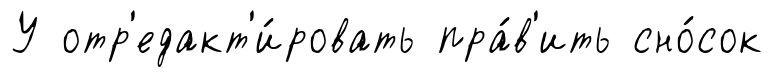
У отр'едакт'и́ровать пра́в'ить сно́сок